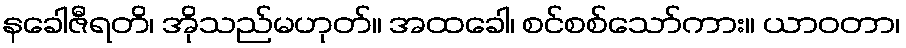
နခေါဇီရတိ၊ အိုသည်မဟုတ်။ အထခေါ၊ စင်စစ်သော်ကား။ ယာဝတာ၊